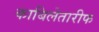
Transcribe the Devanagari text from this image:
काबिलेतारीफ